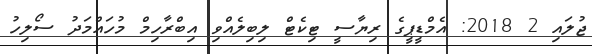
ޖުލައި 2 2018: އެމްޑީޕީގެ ރިޔާސީ ޓިކެޓް ލިބިލެއްވި އިބްރާހިމް މުހައްމަދު ސޯލިހު